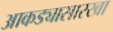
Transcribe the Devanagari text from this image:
आकड्यासारखा